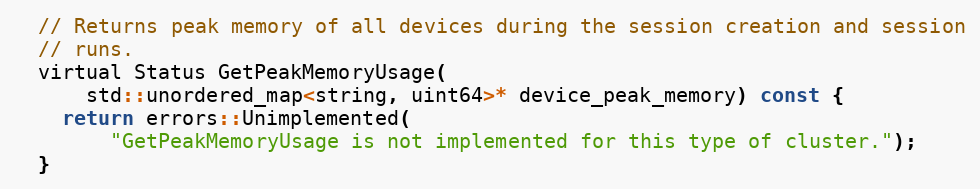
Language: C
  // Returns peak memory of all devices during the session creation and session
  // runs.
  virtual Status GetPeakMemoryUsage(
      std::unordered_map<string, uint64>* device_peak_memory) const {
    return errors::Unimplemented(
        "GetPeakMemoryUsage is not implemented for this type of cluster.");
  }